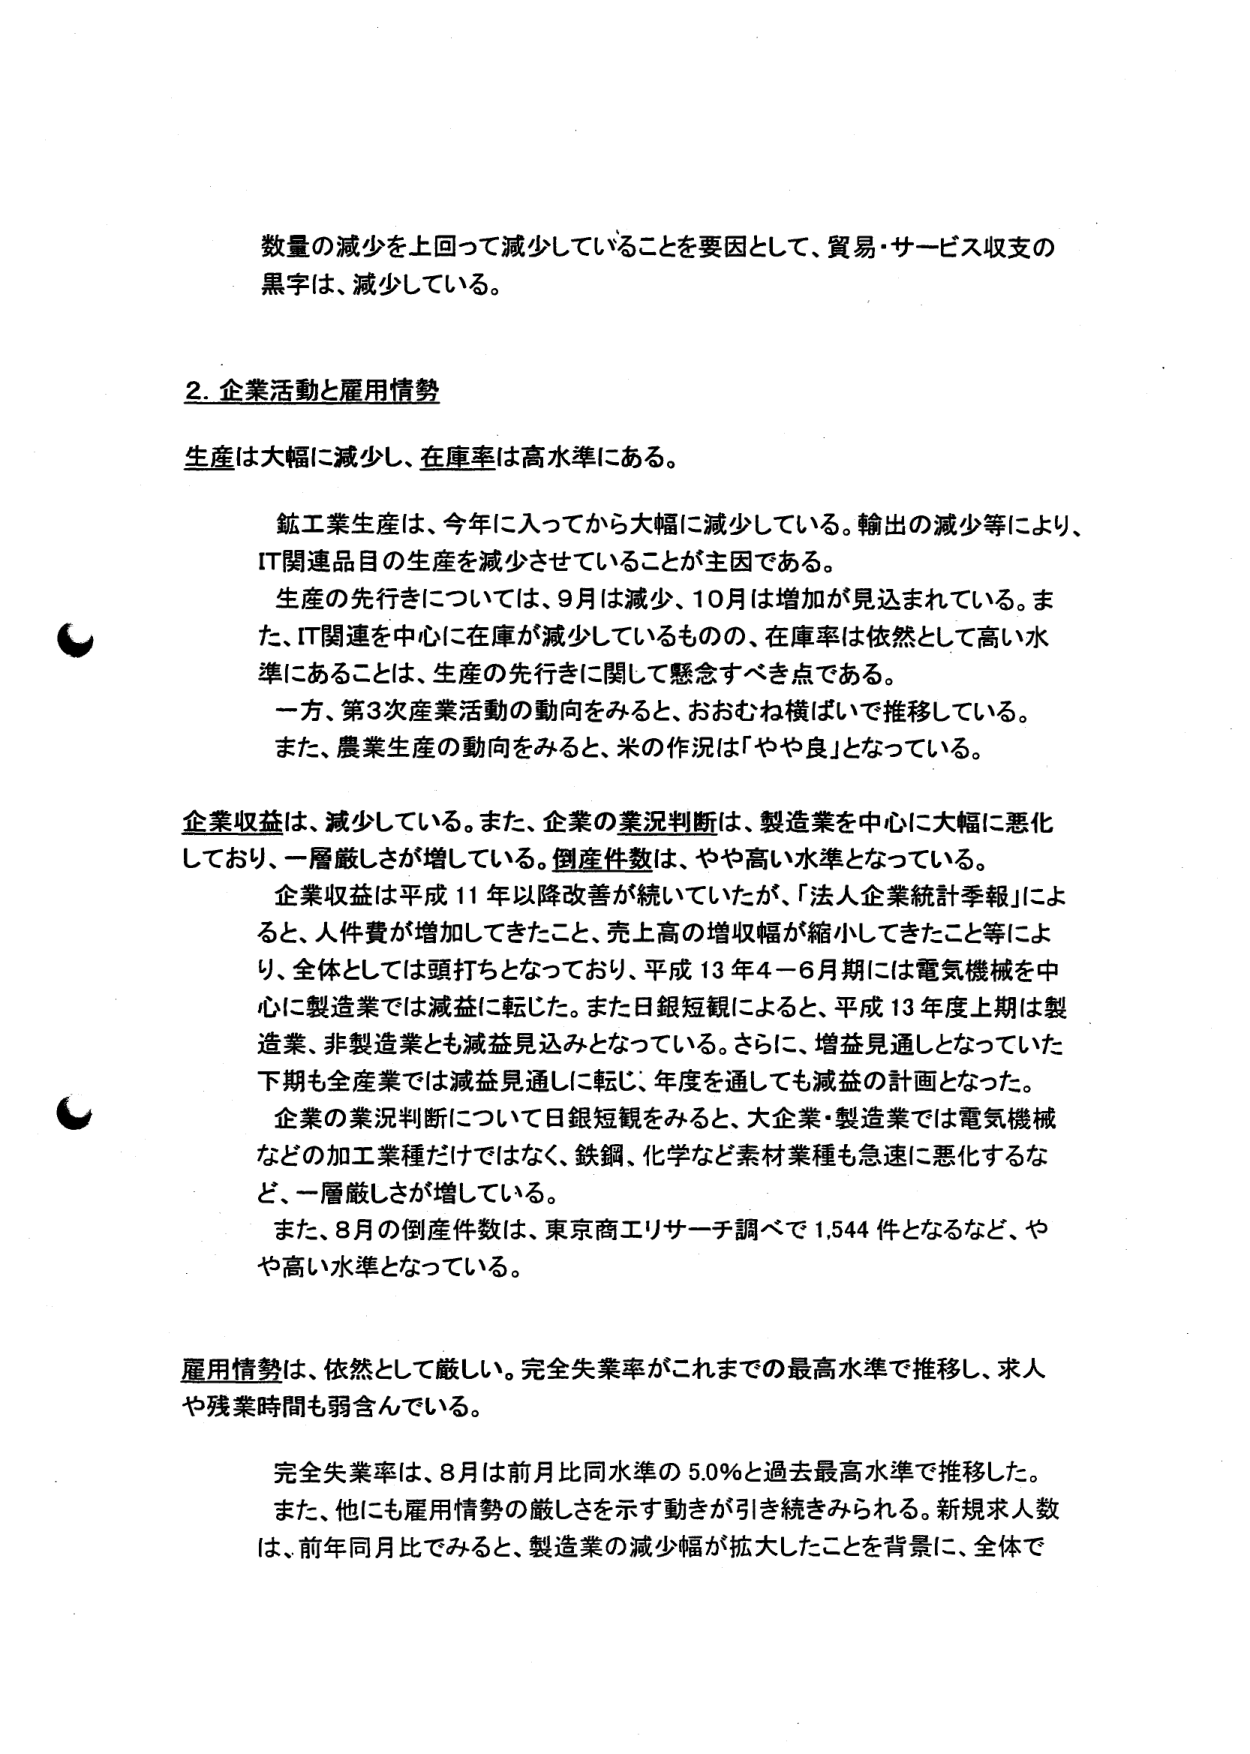
数量の減少を上回って減少していることを要因として、貿易・サービス収支の黒字は、減少している。

2. 企業活動と雇用情勢

生産は大幅に減少し、在庫率は高水準にある。

鉱工業生産は、今年に入ってから大幅に減少している。輸出の減少等により、IT関連品目の生産を減少させていることが主因である。

生産の先行きについては、9月は減少、10月は増加が見込まれている。また、IT関連を中心に在庫が減少しているものの、在庫率は依然として高い水準にあることは、生産の先行きに関して懸念すべき点である。

一方、第3次産業活動の動向をみると、おおむね横ばいで推移している。また、農業生産の動向をみると、米の作況は「やや良」となっている。

企業収益は、減少している。また、企業の業況判断は、製造業を中心に大幅に悪化しており、一層厳しさが増している。倒産件数は、やや高い水準となっている。

企業収益は平成11年以降改善が続いていたが、「法人企業統計季報」によると、人件費が増加してきたこと、売上高の増収幅が縮小してきたこと等により、全体としては頭打ちとなっており、平成13年4－6月期には電気機械を中心に製造業では減益に転じた。また日銀短観によると、平成13年度上期は製造業、非製造業とも減益見込みとなっている。さらに、増益見通しとなっていた下期も全産業では減益見通しに転じ、年度を通しても減益の計画となった。

企業の業況判断について日銀短観をみると、大企業・製造業では電気機械などの加工業種だけではなく、鉄鋼、化学など素材業種も急速に悪化するなど、一層厳しさが増している。

また、8月の倒産件数は、東京商工リサーチ調べで1,544件となるなど、やや高い水準となっている。

雇用情勢は、依然として厳しい。完全失業率がこれまでの最高水準で推移し、求人や残業時間も弱含んでいる。

完全失業率は、8月は前月比同水準の5.0％と過去最高水準で推移した。また、他にも雇用情勢の厳しさを示す動きが引き続きみられる。新規求人数は、前年同月比でみると、製造業の減少幅が拡大したことを背景に、全体で